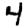
Digit: 4